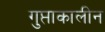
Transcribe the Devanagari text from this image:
गुप्ताकालीन